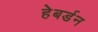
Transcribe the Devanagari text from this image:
हेबर्डन